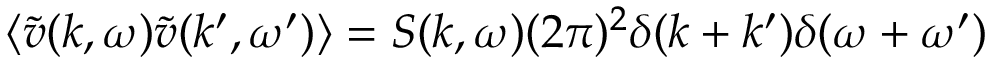
\langle \tilde { v } ( k , \omega ) \tilde { v } ( k ^ { \prime } , \omega ^ { \prime } ) \rangle = S ( k , \omega ) ( 2 \pi ) ^ { 2 } \delta ( k + k ^ { \prime } ) \delta ( \omega + \omega ^ { \prime } )